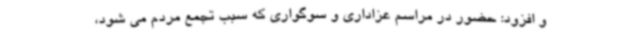
و افزود: حضور در مراسم عزاداری و سوگواری که سبب تجمع مردم می شود،